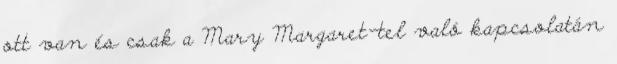
ott van és csak a Mary Margaret-tel való kapcsolatán